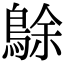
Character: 鵌